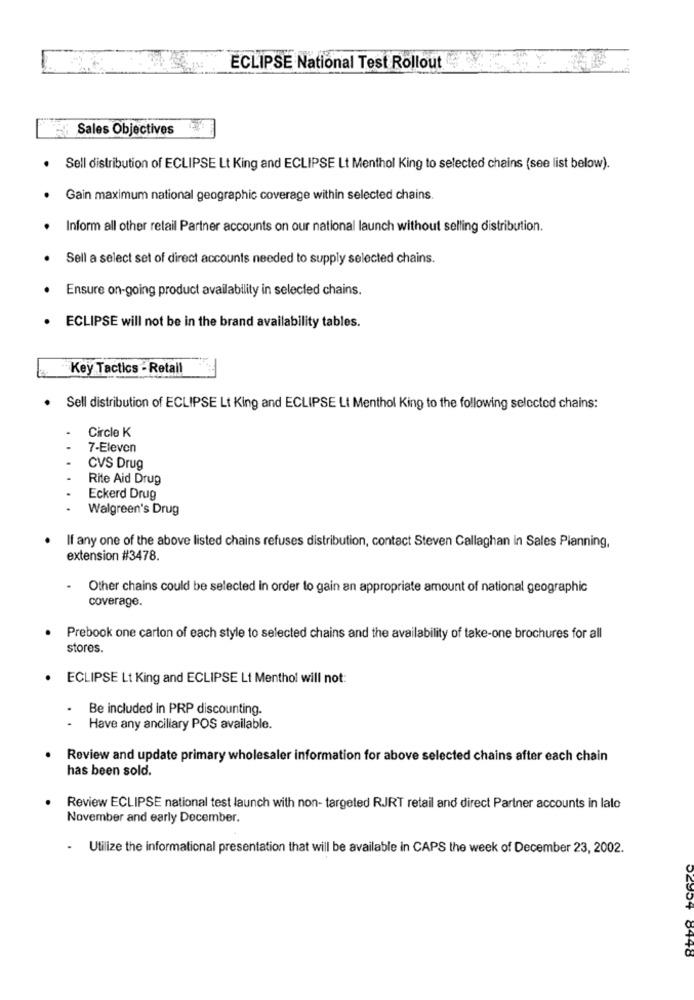
ECLIPSE National Test Rollout
Sales Objectives
Sell distribution of ECLIPSE Lt King and ECLIPSE Lt Menthol King to selected chains (see list below).
Gain maximum national geographic coverage within selected chains.
Inform all other retail Partner accounts on our national launch without selling distribution.
Sell a select set of direct accounts needed to supply selected chains.
Ensure on-going product availability in selected chains.
ECLIPSE will not be in the brand availability tables.
Key Tactics - Retail
Sell distribution of ECLIPSE Lt King and ECLIPSE Lt Menthol King to the following selected chains:
Circle K
7-Eleven
CVS Drug
Rite Aid Drug
Eckerd Drug
Walgreen's Drug
If any one of the above listed chains refuses distribution, contact Steven Callaghan in Sales Planning,
extension #3478.
Other chains could be selected in order to gain an appropriate amount of national geographic
coverage.
Prebook one carton of each style to selected chains and the availability of take-one brochures for all
stores.
ECLIPSE Lt King and ECLIPSE Lt Menthol will not:
Be included in PRP discounting.
..
Have any ancillary POS available.
Review and update primary wholesaler information for above selected chains after each chain
has been sold.
Review ECLIPSE national test launch with non- targeted RJRT retail and direct Partner accounts in lalo
November and early December.
Utilize the informational presentation that will be available in CAPS the week of December 23, 2002.
02354 8448